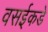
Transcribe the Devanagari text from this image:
वसईकडे